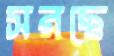
সরছে